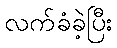
လက်ခံခဲ့ပြီး